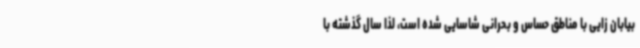
بیابان زایی با مناطق حساس و بحرانی شاسایی شده است، لذا سال گذشته با